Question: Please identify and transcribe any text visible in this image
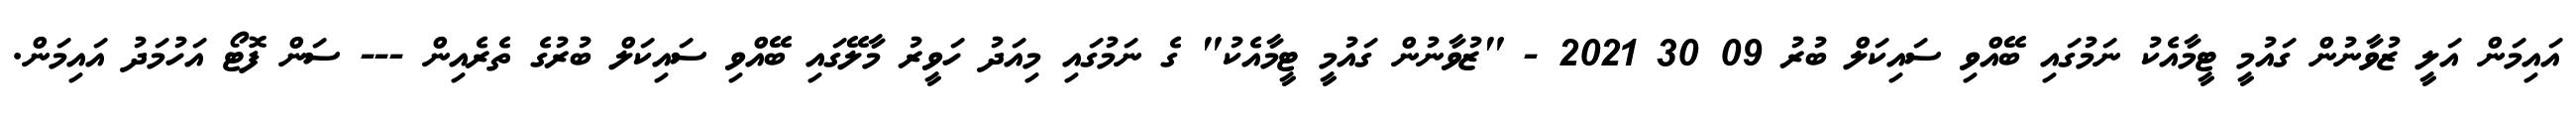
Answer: އައިމަން އަލީ ޒުވާނުން ގައުމީ ޓީމާއެކު ނަމުގައި ބޭއްވި ސައިކަލް ބުރު 09 30 2021 - "ޒުވާނުން ގައުމީ ޓީމާއެކު" ގެ ނަމުގައި މިއަދު ހަވީރު މާލޭގައި ބޭއްވި ސައިކަލް ބުރުގެ ތެރެއިން --- ސަން ފޮޓޯ އަހުމަދު އައިމަން.